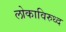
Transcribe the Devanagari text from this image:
लोकाविरुध्द